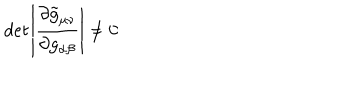
LaTeX: { \it d e t } \left| \frac { \partial \tilde { g } _ { \mu \nu } } { \partial g _ { \alpha \beta } } \right| \neq 0